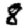
Digit: 8